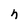
Character: n